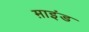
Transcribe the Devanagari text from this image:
म़ाइंड